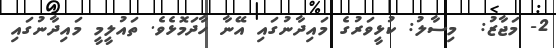
2- މަޖާޒު:  މިސާލު: ކުޅީވަރުގެ މައިދާނުގައި އޭނާ ހާދަމޮޅެވެ. ތައުލީމީ މައިދާނުގައި